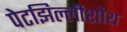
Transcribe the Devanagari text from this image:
पेटझिल्लीशोथ